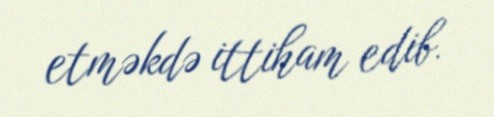
etməkdə ittiham edib.